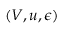
( V , u , \epsilon )